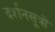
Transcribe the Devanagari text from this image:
दर्शनसूत्रों